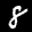
Label: 8